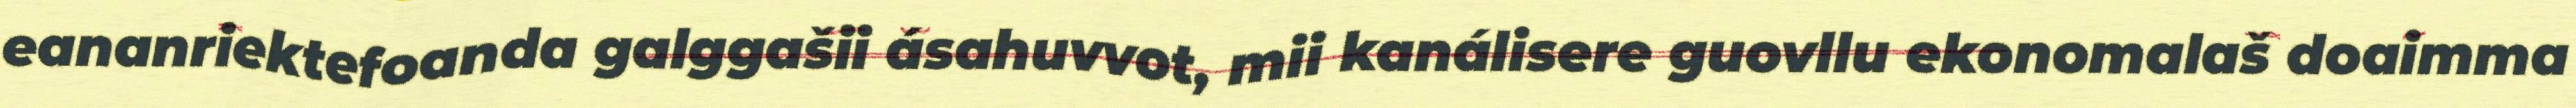
eananriektefoanda galggašii ásahuvvot, mii kanálisere guovllu ekonomalaš doaimma